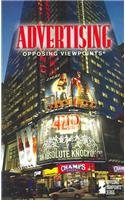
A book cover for Advertising (Opposing Viewpoints Series); Laura K.; Teen & Young Adult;